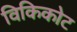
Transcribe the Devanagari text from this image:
विकिकोट